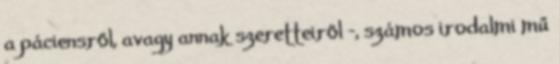
a páciensről, avagy annak szeretteiről -, számos irodalmi mű